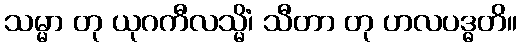
သမ္မာ တု ယုဂကီလသ္မိံ၊ သီတာ တု ဟလပဒ္ဓတိ။